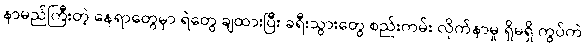
နာမည်ကြီးတဲ့ နေရာတွေမှာ ရဲတွေ ချထားပြီး ခရီးသွားတွေ စည်းကမ်း လိုက်နာမှု ရှိမရှိ ကွပ်ကဲ